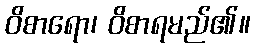
ဝိစာရော၊ ဝိစာရမည်၏။